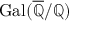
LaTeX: \operatorname { G a l } ( { \overline { { \mathbb { Q } } } } / \mathbb { Q } )